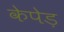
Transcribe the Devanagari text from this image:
केपेड़